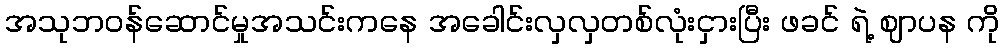
အသုဘဝန်ဆောင်မှုအသင်းကနေ အခေါင်းလှလှတစ်လုံးငှားပြီး ဖခင် ရဲ့ ဈာပန ကို